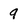
Character: 9